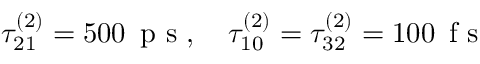
\tau _ { 2 1 } ^ { ( 2 ) } = 5 0 0 \, \mathrm { ~ p ~ s ~ } , \quad \tau _ { 1 0 } ^ { ( 2 ) } = \tau _ { 3 2 } ^ { ( 2 ) } = 1 0 0 \, \mathrm { ~ f ~ s ~ }